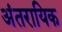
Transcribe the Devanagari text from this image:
अंतरायिक